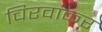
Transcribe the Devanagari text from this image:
चिरवाकर